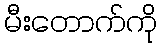
မီးတောက်ကို